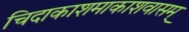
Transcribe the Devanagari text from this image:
चिदाकाशमाकाशवासम्